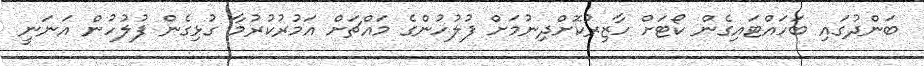
ބަންދުގައި ބަހައްޓައިގެން ކޯޓަށް ހާޒިރުކޮށްދިނުމަށް ފުލުހުންގެ މައްޗަށް އަމުރުކުރުމާ ގުޅިގެން ފުލުހުން އަނަނީ